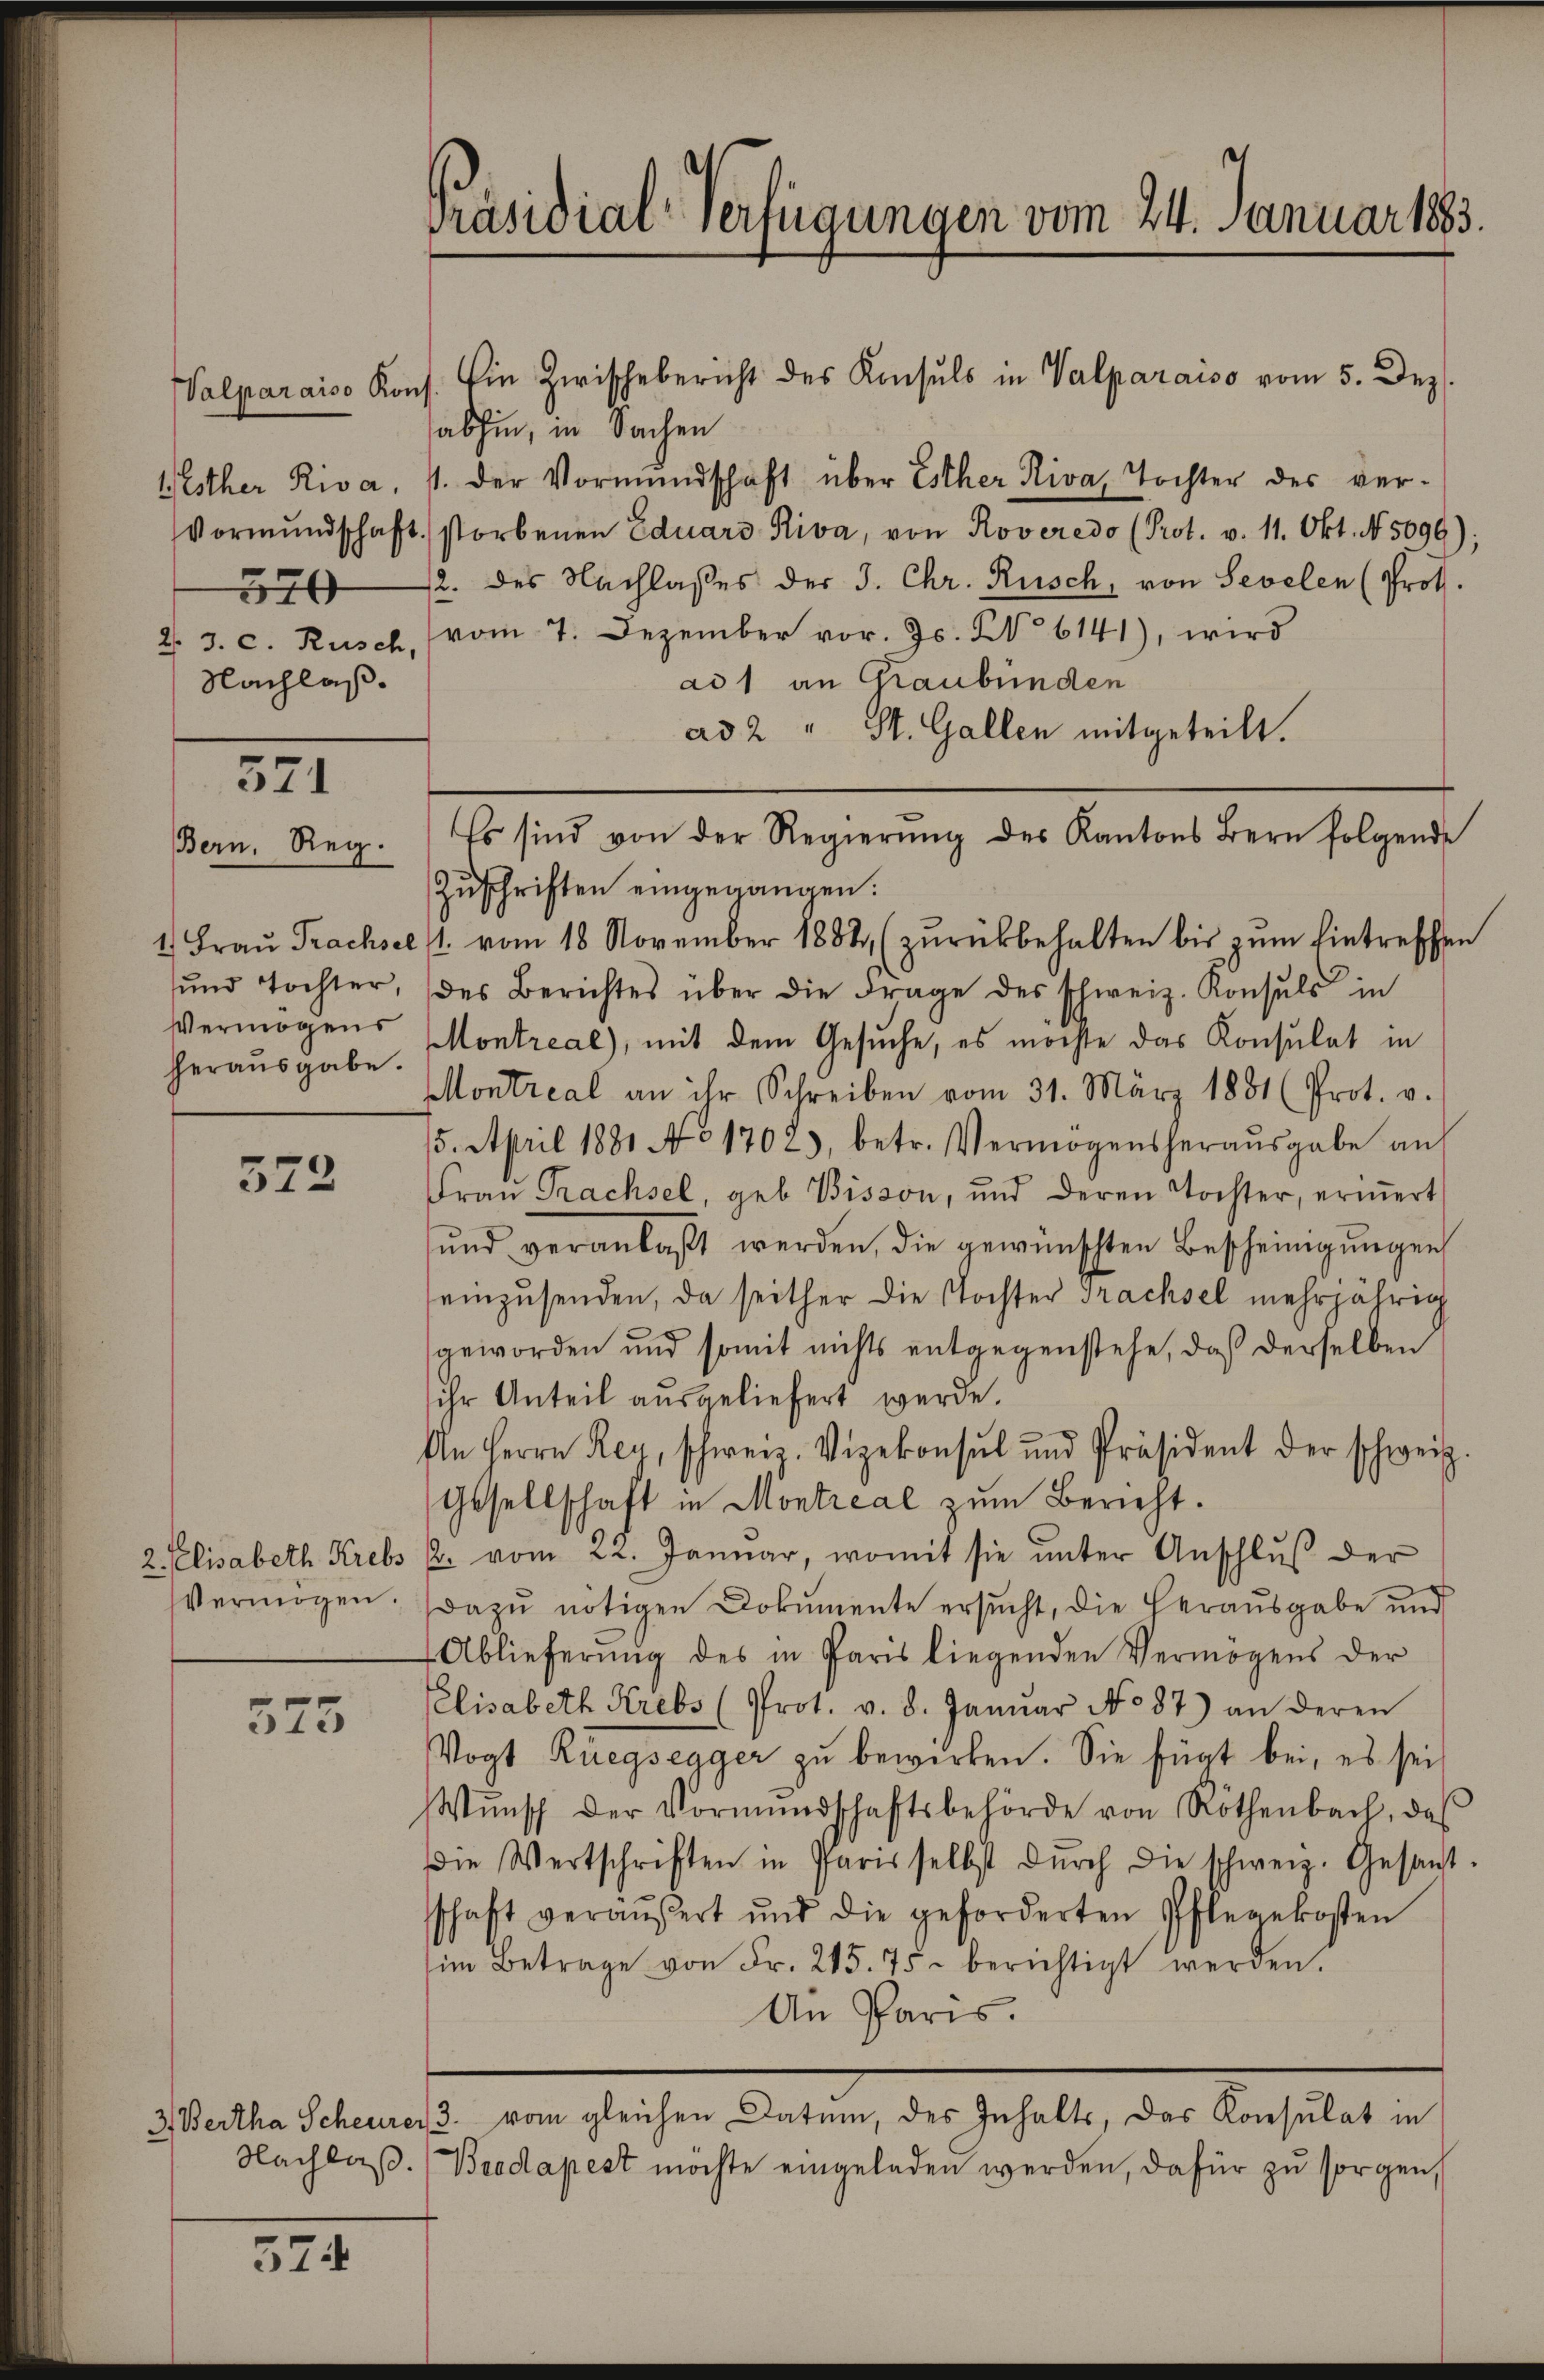
Walparaiso Kons
520
Nachlaß.

571
Bern. Reg.

Vermögens
herausgabe.

572

575

574

Präsidial-Verfügungen vom 24. Januar 1883.

Ein Zwischebericht des Konsuls in Valparaiso vom 5. Dez.
abhin, in Sachen
Wisther Riva, 1. der Vormundschaft über Esther Riva, Tochter des ver¬
Vormŭndschaft storbenen Eduard Riva, von Roveredo (Prot. v. 11. Okt. No. 5099)
12. des Nachlasses der J. Chr. Rusch, von Sevelen (Prof.
2. 3. c. Rusch, (vom 7. Dezember vor. Js. No 6141), wird
ad 1 an Graubünden
ad 2 " St. Gallen mitgeteilt.
Es sind von der Regierŭng des Kantons Bern folgende
Zŭschriften eingegangen.
1) Frau Prachsel (1. vom 18. November 1882 (zŭrückbehalten bis zŭm Eintreffen
ŭnd Tochter, des Berichtes über die Frage des schweiz. Konsuls in
Montreal), mit dem Gesuche, es möchte das Konsulat in
Montreal an ihr Schreiben vom 31. März 1881 (Prot. v.
15. April 1881 Ao 1702), betr. Vermögensheraŭsgabe auf
Fraŭ Prachsel, geb. Pisson, und deren Tochter, erinnert
und veranlaßt werden, die gewünschten Bescheinigungen
einzusenden, da seither die Tochter Trachsel mehrjährig
geworden und somit nichts entgegenstehe, daß derselben
ihr Anteil ausgeliefert werde.
An Herrn Reu, schweiz. Vizekonsul und Präsident der schweiz.
Gesellschaft in Montreal zum Bericht.
2 Elisabeth Krebs u. vom 22. Januar, womit sie ŭnter Anschlŭβ der
Vermögen. Dazu nötigen Dokumente ersucht, die Herausgabe und
Ablieferung des in Paris liegenden Vermögens der
Elisabeth Krebs (Prot. v. 8. Janŭar No 87) an deren
Vogt Rüegsegger zu bewirken. Sie fügt bei, es sei
Wŭnsch der Vormŭndschaftsbehörde von Rothenbach, daβ
die Wertschriften in Paris selbst dŭrch die schweiz. Gesandt-
schaft veräußert und die geforderten Pflegekosten
im Betrage von Fr. 215. 75. berichtigt werden.
An Paris.
3) Bertha Scheurer 3. vom gleichen Datum, des Inhalts, das Konsulat in
Nachlaß. Brodapest möchte eingeladen werden, dafür zu sorgen,